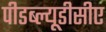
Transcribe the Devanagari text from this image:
पीडब्ल्यूडीसीए